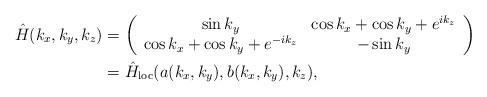
LaTeX: \begin{align*}\hat{H}(k_x, k_y, k_z)&=\left(\begin{array}{cc}\sin k_y & \cos k_x + \cos k_y + e^{ik_z} \\\cos k_x + \cos k_y + e^{-ik_z} & - \sin k_y\end{array}\right) \\&=\hat{H}_{\mathrm{loc}}(a(k_x, k_y), b(k_x, k_y), k_z),\end{align*}